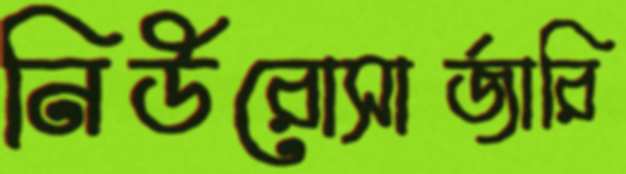
নিউরোসার্জারি